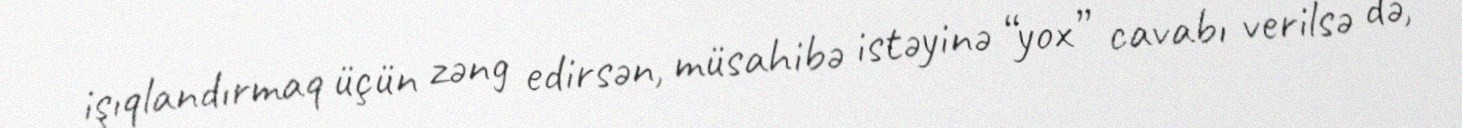
işıqlandırmaq üçün zəng edirsən, müsahibə istəyinə “yox” cavabı verilsə də,